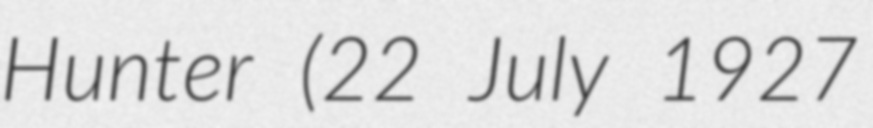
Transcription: Hunter (22 July 1927